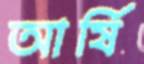
আর্ষি